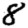
Digit: 8